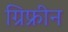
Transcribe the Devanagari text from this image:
ग्रिफ्रीन